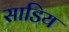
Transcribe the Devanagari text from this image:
साडिय